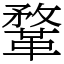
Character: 鞪